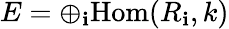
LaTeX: E=\oplus_{\mathbf{i}}{\mathrm{{Hom}}}(R_{\mathbf{i}},k)